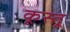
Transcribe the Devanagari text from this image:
कूस्तू